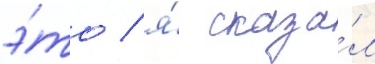
э́то / я́ сказа́л